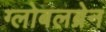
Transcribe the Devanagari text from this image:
ग्लोबलब्रेन